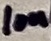
Text: 10n